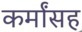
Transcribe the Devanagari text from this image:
कर्मांसह